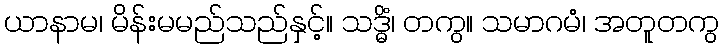
ယာနာမ၊ မိန်းမမည်သည်နှင့်။ သဒ္ဓိံ၊ တကွ။ သမာဂမံ၊ အတူတကွ